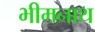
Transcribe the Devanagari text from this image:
भीमनाथ